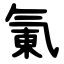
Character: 氭